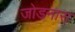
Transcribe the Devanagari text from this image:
जोडनारा